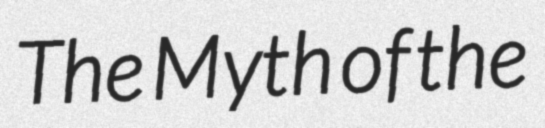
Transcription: The Myth of the